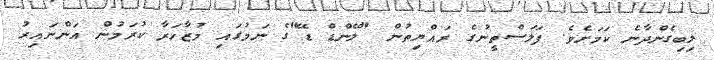
ލިބިގެންދާނެ ކަމަށެވެ. ފަލަސްތީނުގެ ރައްޔިތުން "ލޭންޑް ޑޭ"ގެ ނަމުގައި މުޒާހަރާ ކުރަމުން އަންނައިރު